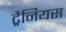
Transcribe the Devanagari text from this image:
ट्रैनियस